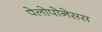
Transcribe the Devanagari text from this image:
पेलोपोनेसस